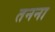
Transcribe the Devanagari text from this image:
तनना